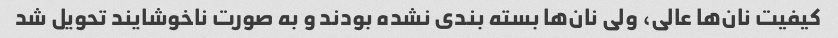
کیفیت نان‌ها عالی، ولی نان‌ها بسته بندی نشده بودند و به صورت ناخوشایند تحویل شد